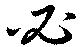
必